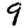
Digit: 9